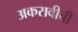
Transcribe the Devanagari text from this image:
अकरावीची